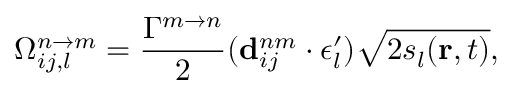
\Omega _ { i j , l } ^ { n \rightarrow m } = \frac { \Gamma ^ { m \rightarrow n } } { 2 } ( \mathbf { d } _ { i j } ^ { n m } \cdot \boldsymbol { \epsilon } _ { l } ^ { \prime } ) \sqrt { 2 s _ { l } ( \mathbf { r } , t ) } ,